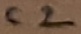
Text: C2